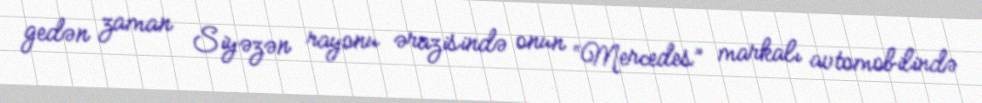
gedən zaman Siyəzən rayonu ərazisində onun “Mercedes” markalı avtomobilində